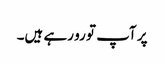
پر آپ تو رو رہے ہیں۔